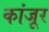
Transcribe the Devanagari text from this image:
कांजूर